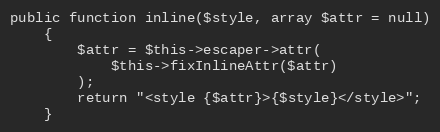
Language: PHP
public function inline($style, array $attr = null)
    {
        $attr = $this->escaper->attr(
            $this->fixInlineAttr($attr)
        );
        return "<style {$attr}>{$style}</style>";
    }